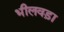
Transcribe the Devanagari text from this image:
भीलवड़ा